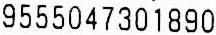
9555047301890